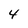
Character: 4